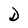
Character: D